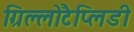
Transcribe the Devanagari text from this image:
ग्रिल्लोटैप्लिडी